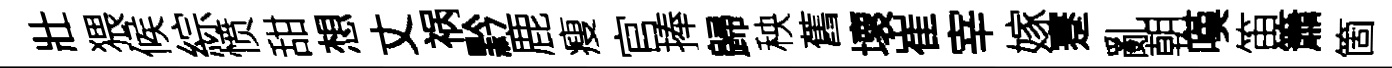
壯猥候綜愤甜想丈祸黔鹿瘦官捧歸秧舊壞崔宰嫁蹇亂朝嘆笛簫箇